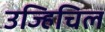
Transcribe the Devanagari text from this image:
उज्हिचिल